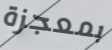
بمعجزة